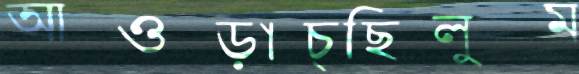
আওড়াচ্ছিলুম